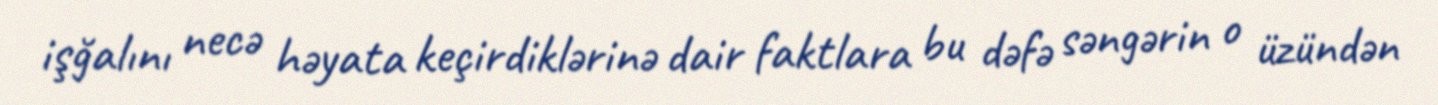
işğalını necə həyata keçirdiklərinə dair faktlara bu dəfə səngərin o üzündən